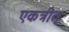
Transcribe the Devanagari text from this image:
एकत्रीत्